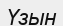
Үзын